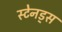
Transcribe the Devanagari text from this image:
स्टेनड्स